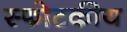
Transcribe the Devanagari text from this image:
स्फोटकीय